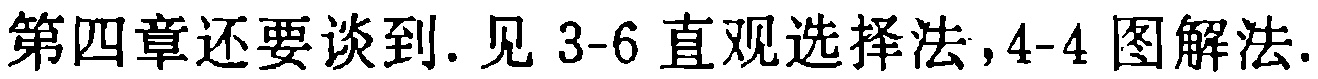
第四章还要谈到. 见 3-6 直观选择法,4-4 图解法.